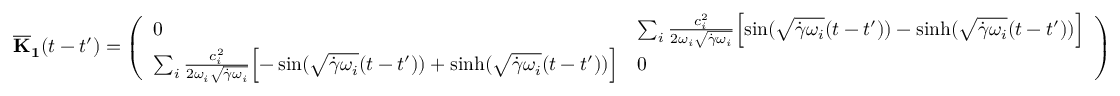
\mathbf { { \overline { { K } } _ { 1 } } } ( t - t ^ { \prime } ) = \left( \begin{array} { l l } { 0 } & { \sum _ { i } \frac { c _ { i } ^ { 2 } } { 2 \omega _ { i } \sqrt { \dot { \gamma } \omega _ { i } } } \Bigl [ \sin ( \sqrt { \dot { \gamma } \omega _ { i } } ( t - t ^ { \prime } ) ) - \sinh ( \sqrt { \dot { \gamma } \omega _ { i } } ( t - t ^ { \prime } ) ) \Bigr ] } \\ { \sum _ { i } \frac { c _ { i } ^ { 2 } } { 2 \omega _ { i } \sqrt { \dot { \gamma } \omega _ { i } } } \Bigl [ - \sin ( \sqrt { \dot { \gamma } \omega _ { i } } ( t - t ^ { \prime } ) ) + \sinh ( \sqrt { \dot { \gamma } \omega _ { i } } ( t - t ^ { \prime } ) ) \Bigr ] } & { 0 } \end{array} \right)